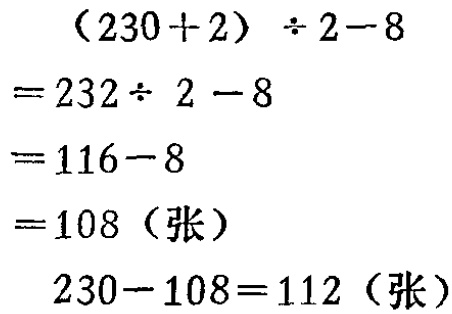
\[
\begin{align*}
&(230 + 2) \div 2 - 8\\
=&232\div 2 - 8\\
=&116 - 8\\
=&108 (\text{张})\\
&230 - 108 = 112 (\text{张})
\end{align*}
\]